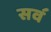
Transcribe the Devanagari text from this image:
सव॔